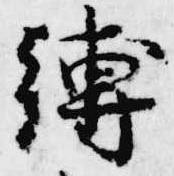
縛